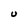
Character: U